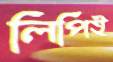
লিপিই